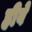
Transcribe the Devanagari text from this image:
हीबे